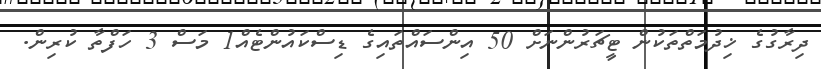
ދިރާގުގެ ޚިދުމަތްތަކުން ޓީޗަރުންނަށް 50 އިންސައްތައިގެ ޑިސްކައުންޓެއް1 މަސް 3 ހަފްތާ ކުރިން.